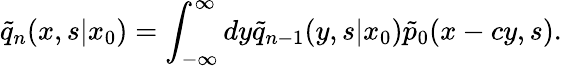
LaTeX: \tilde{q}_{n}(x,s|x_{0})=\int_{-\infty}^{\infty}dy\tilde{q}_{n-1}(y,s|x_{0})\tilde{p}_{0}(x-cy,s).